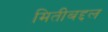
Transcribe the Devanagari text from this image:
मितीबद्दल